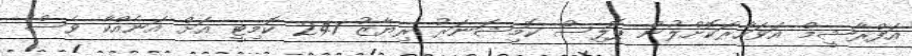
އަފްރާޝީމް އަވަހާރަކޮށްލުން ޕޮލިސް ކޮމިޝަނަރު ރިޔާޒު 241 ކޮމިޓީ އަށް އަނެއްކާ ވެސް